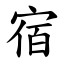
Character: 宿